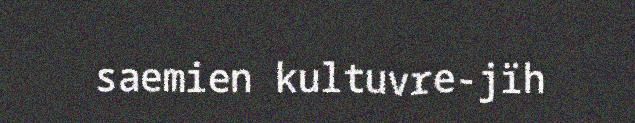
saemien kultuvre-jïh